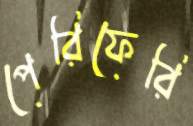
পেরিফেরি